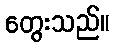
တွေးသည်။